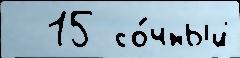
  15 со́чный